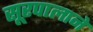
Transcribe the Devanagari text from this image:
सूरपालाने